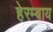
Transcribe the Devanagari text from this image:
हेरम्बाय